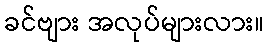
ခင်ဗျား အလုပ်များလား။